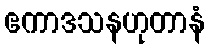
ဧကာဒသနဟုတာနံ